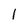
Character: l